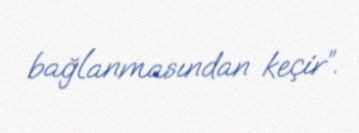
bağlanmasından keçir”.